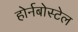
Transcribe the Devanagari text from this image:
होर्नबोस्टेल